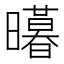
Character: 𭨊